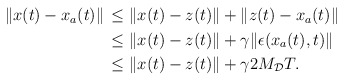
\begin{align*}\begin{aligned}\|x(t)-x_a(t)\| &\,\le \|x(t)-z(t)\| + \|z(t)-x_a(t)\| \\&\, \le \|x(t)-z(t)\|+\gamma \|\epsilon(x_a(t),t)\| \\&\, \le \|x(t)-z(t)\|+\gamma 2M_\mathcal{D} T.\end{aligned}\end{align*}